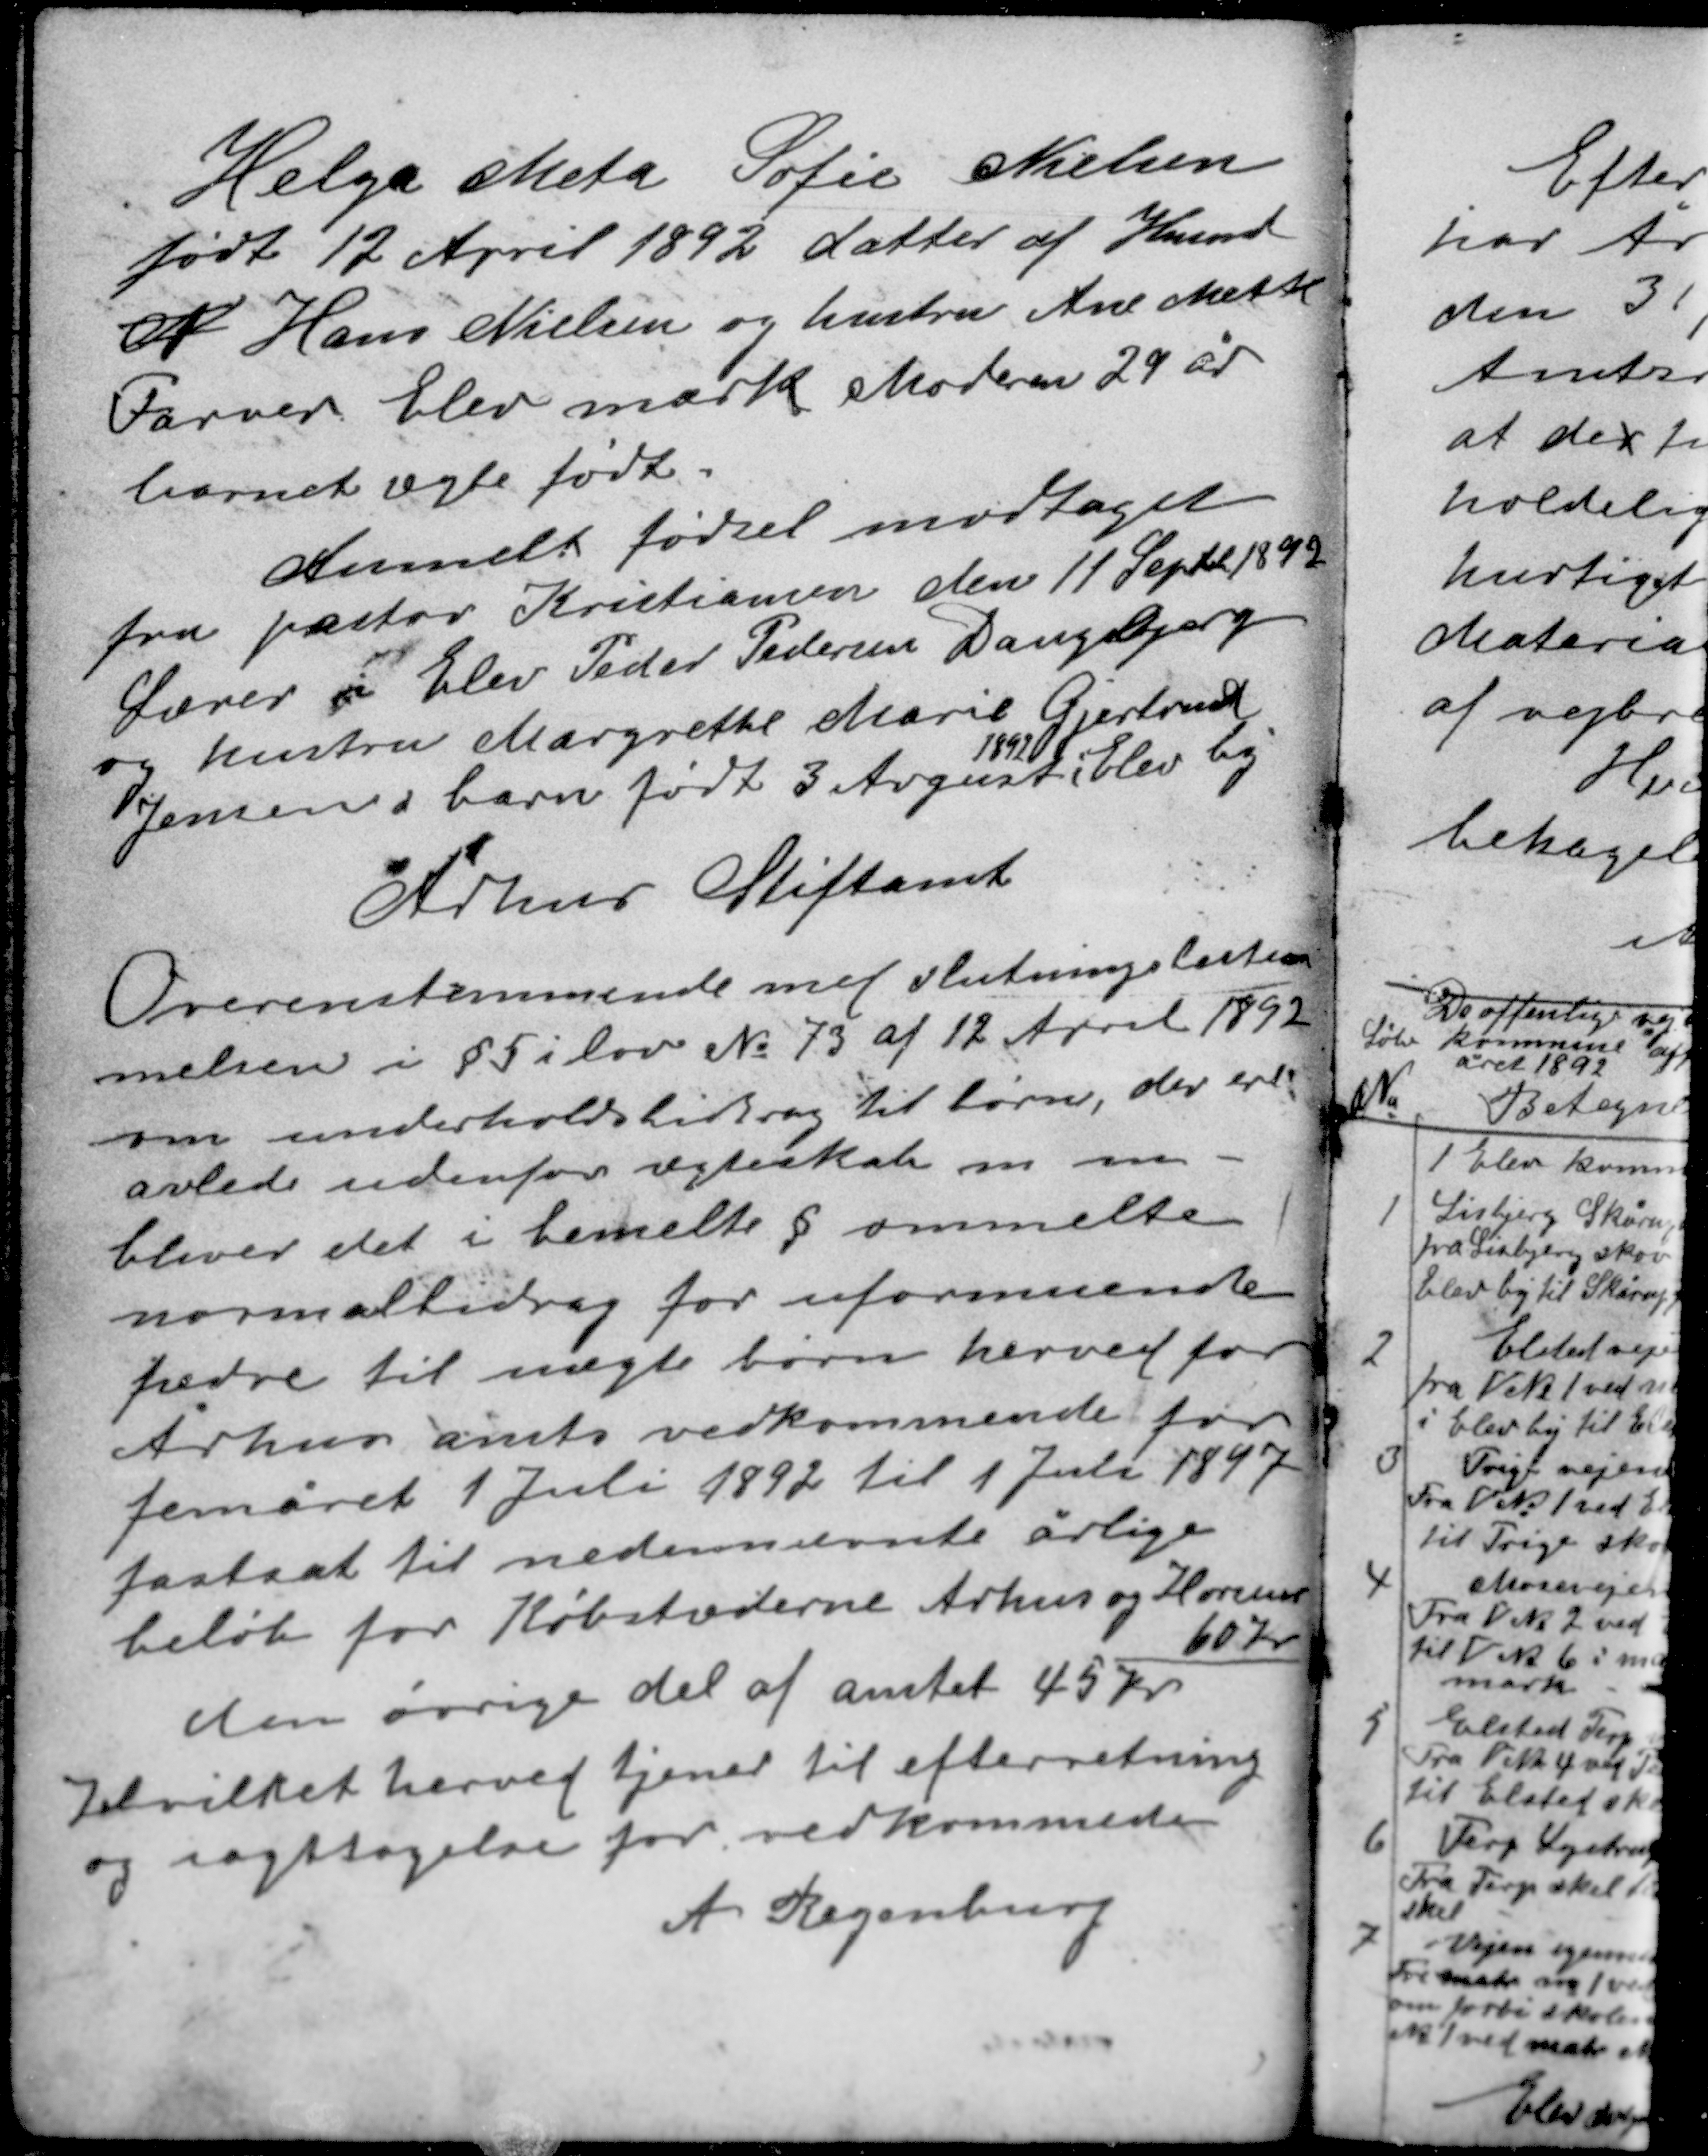
Transskription:
Helga Meta Sofie Nielsen
født 12 April 1892 datter af Knud
N Hans Nielsen og hustru Ane Mette
Farver Elev mark Moderen 29 år
barnet ægte født.

Anmeldt fødsel modtaget
fra pastor Kristiansen den 11 September 1892.
Lærer i Elev Peder Pedersen Daugbjerg
og hustru Margrethe Marie Gjertrud
1892
Jensens barn født 3 August i Elev by

Århus Stiftamt

Overensstemmende med slutningsbestem-
melsen i § 5 i lov No 73 af 12 April 1892
om underholdsbidrag til børn, der ere
avlede udenfor ægteskab m.m.
bliver det i bemeldte § ommeldte
normalbidrag for uformuende
fædre til uægte børn herved for
Århus amts vedkommende for
femåret 1 Juli 1892 til 1 Juli 1897
fastsat til nedennævnte årlige
beløb for Købstæderne Århus og Horsens
60 kr
den øvrige del af amtet 45 kr
hvilket herved tjener til efterretning
og iagttagelse for vedkommede
A. Regenburg